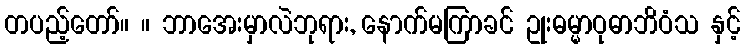
တပည့်တော်။ ။ ဘာအေးမှာလဲဘုရား, နောက်မကြာခင် ဥုးဓမ္မာဝုဓာဘိဝံသ နှင့်